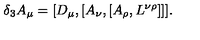
\delta _ { 3 } A _ { \mu } = [ D _ { \mu } , [ A _ { \nu } , [ A _ { \rho } , L ^ { \nu \rho } ] ] ] .